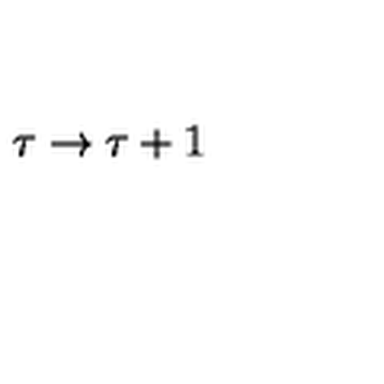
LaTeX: \tau \rightarrow \tau + 1